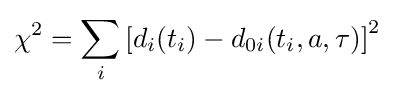
{{\chi }^{2}}=\sum \limits _{i}{{\left[{{d}_{i}}({{t}_{i}})-{{d}_{0i}}({{t}_{i}},a,\tau )\right]}^{2}}